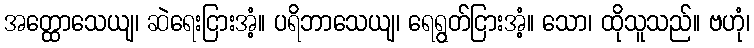
အတ္ထောသေယျ၊ ဆဲရေးငြားအံ့။ ပရိဘာသေယျ၊ ရေရွတ်ငြားအံ့။ သော၊ ထိုသူသည်။ ဗဟုံ၊